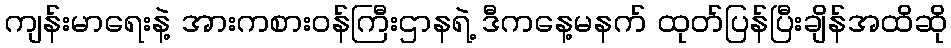
ကျန်းမာရေးနဲ့ အားကစားဝန်ကြီးဌာနရဲ့ ဒီကနေ့မနက် ထုတ်ပြန်ပြီးချိန်အထိဆို